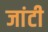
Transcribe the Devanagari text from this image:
जांटी